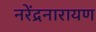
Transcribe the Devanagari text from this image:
नरेंद्रनारायण